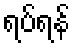
ရပ်ရန်